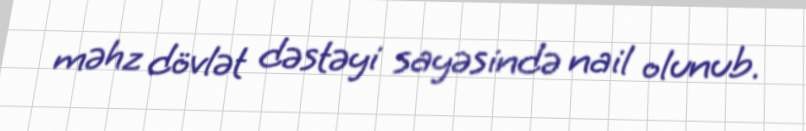
məhz dövlət dəstəyi sayəsində nail olunub.